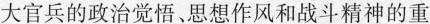
大官兵的政治觉悟、思想作风和战斗精神的重